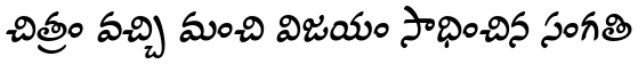
చిత్రం వచ్చి మంచి విజయం సాధించిన సంగతి